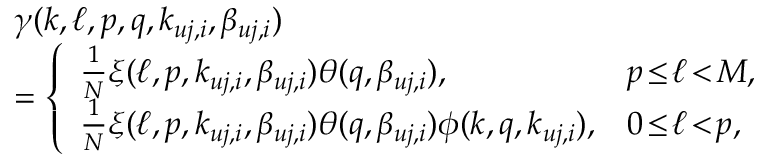
\begin{array} { r l } & { \gamma ( k , \ell , p , q , { k _ { { u j , i } } } , { \beta _ { { u j , i } } } ) } \\ & { = \left\{ \begin{array} { l l } { \frac { 1 } { N } \xi ( \ell , p , { k _ { { u j , i } } } , { \beta _ { { u j , i } } } ) \theta ( q , { \beta _ { { u j , i } } } ) , } & { p \! \le \! \ell \! < \! M , } \\ { \frac { 1 } { N } \xi ( \ell , p , { k _ { { u j , i } } } , { \beta _ { { u j , i } } } ) \theta ( q , { \beta _ { { u j , i } } } ) \phi ( k , q , { k _ { { u j , i } } } ) , } & { 0 \! \le \! \ell \! < \! p , } \end{array} \right. } \end{array}